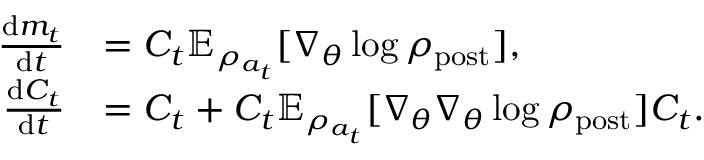
\begin{array} { r l } { \frac { \mathrm { d } m _ { t } } { \mathrm { d } t } } & { = C _ { t } \mathbb { E } _ { \rho _ { a _ { t } } } [ \nabla _ { \theta } \log \rho _ { \mathrm { p o s t } } ] , } \\ { \frac { \mathrm { d } C _ { t } } { \mathrm { d } t } } & { = C _ { t } + C _ { t } \mathbb { E } _ { \rho _ { a _ { t } } } [ \nabla _ { \theta } \nabla _ { \theta } \log \rho _ { \mathrm { p o s t } } ] C _ { t } . } \end{array}